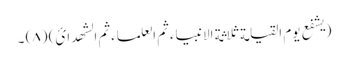
(یشفع یوم القیامة ثلاثة الانبیاء ثم العلماء ثم الشھدائ) (٨) ۔